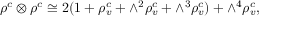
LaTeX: \rho ^ { c } \otimes \rho ^ { c } \cong 2 ( 1 + \rho _ { v } ^ { c } + \wedge ^ { 2 } \rho _ { v } ^ { c } + \wedge ^ { 3 } \rho _ { v } ^ { c } ) + \wedge ^ { 4 } \rho _ { v } ^ { c } ,